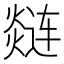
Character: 𲅽